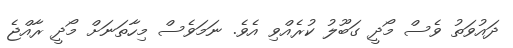
ދައުވަތު ވެސް މޯދީ ގަބޫލު ކުރެއްވި އެވެ. ނަމަވެސް މިހާތަނަށް މޯދީ ރާއްޖެ